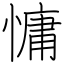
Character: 慵